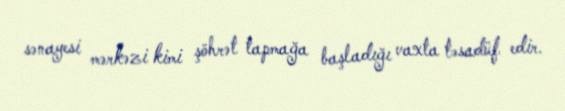
sənayesi mərkəzi kimi şöhrət tapmağa başladığı vaxta təsadüf edir.